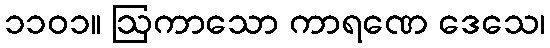
၁၁၀၁။ ဩကာသော ကာရဏေ ဒေသေ၊